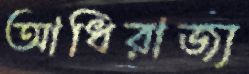
আধিরাজ্য